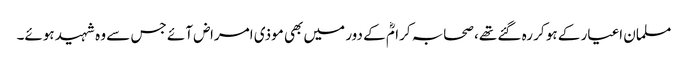
مسلمان اغیار کے ہو کر رہ گئے تھے، صحابہ کرامؓ کے دور میں بھی موذی امراض آئے جس سے وہ شہید ہوئے۔